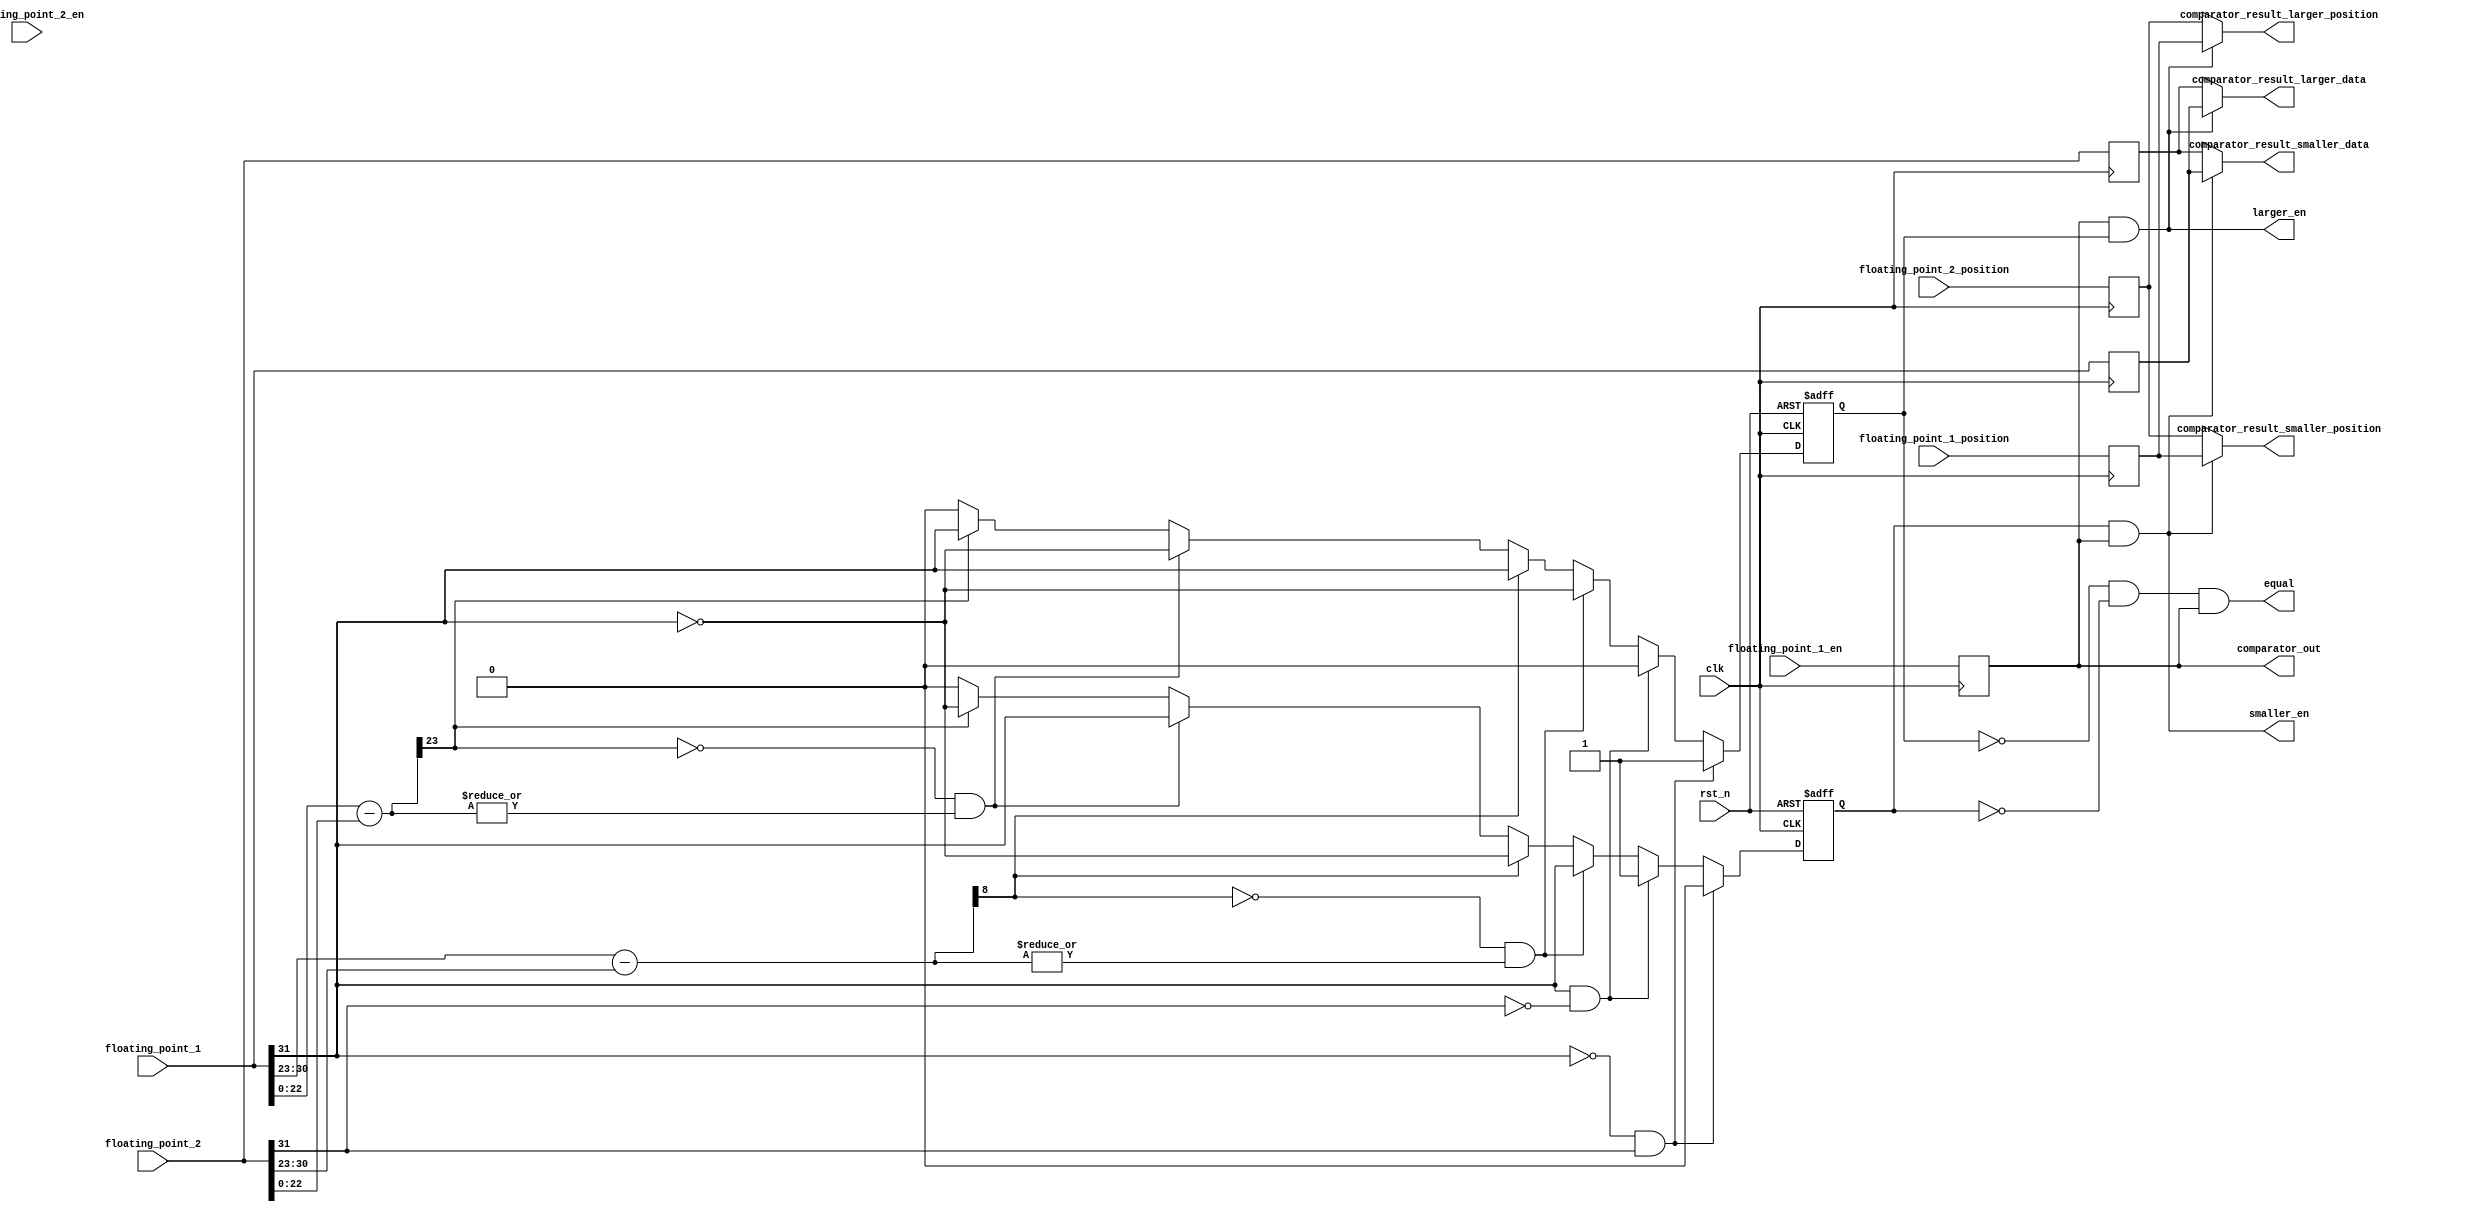
`timescale 1ns / 1ps
//////////////////////////////////////////////////////////////////////////////////
// Company: 
// Engineer: 
// 
// Design Name: 
// Module Name: floating_point_comparator
// Project Name: 
// Target Devices: 
// Tool Versions: 
// Description: 
// 
// Dependencies: 
// 
// Revision:
// Revision 0.01 - File Created
// Additional Comments:
// 
//////////////////////////////////////////////////////////////////////////////////


module floating_point_comparator(
input         clk,
 input         rst_n,
 input [31:0]  floating_point_1,//1 bit sign  8bit  exp      23 bit float
 input         floating_point_1_en,
 input [7:0]   floating_point_1_position,
 input [31:0]  floating_point_2,
 input         floating_point_2_en,
 input  [7:0]  floating_point_2_position,
 output            equal,
 output            larger_en,
 output            smaller_en,
 output            comparator_out,
 output [31:0]    comparator_result_larger_data,
 output [7:0]     comparator_result_larger_position,
 output [31:0]    comparator_result_smaller_data,
 output [7:0]     comparator_result_smaller_position
 
 );
reg [31:0] floating_point_1_r         =0;
reg [7:0]  floating_point_1_position_r=0;
reg [31:0] floating_point_2_r         ='d0;  
reg [7:0]  floating_point_2_position_r=0;

assign comparator_result_larger_data=(larger_en)?floating_point_1_r:floating_point_2_r;

assign comparator_result_larger_position=(larger_en)?floating_point_1_position_r:floating_point_2_position_r;

assign comparator_result_smaller_data=(smaller_en)?floating_point_1_r:floating_point_2_r;

assign comparator_result_smaller_position=(smaller_en)?floating_point_1_position_r:floating_point_2_position_r;

always@(posedge clk)
begin
floating_point_1_r         <=floating_point_1;  
floating_point_1_position_r<=floating_point_1_position;  
floating_point_2_r         <=floating_point_2; 
floating_point_2_position_r<=floating_point_2_position;   
 end
 
 
wire  [9:0] exp_subtracted;//1bit sign 9bit data
   reg     larger=0;
   reg     smaller=0;
reg floating_point_1_en_r=0;
reg floating_point_2_en_r=0;

 assign   larger_en=floating_point_1_en_r&&larger;
 assign   smaller_en=smaller&&floating_point_1_en_r;
assign  equal=(!larger)&&(!smaller)&&floating_point_1_en_r;

always@(posedge clk)
begin
 floating_point_1_en_r<=floating_point_1_en ;
 floating_point_2_en_r<=floating_point_2_en ;
end

assign exp_subtracted=$signed({1'b0,floating_point_1[30:23]})-$signed({1'b0,floating_point_2[30:23]});
wire [24:0] floating_subtracted;
assign  floating_subtracted=$signed({1'b0,floating_point_1[22:0]})-$signed({1'b0,floating_point_2[22:0]});

 wire    exp_larger; 
 assign  exp_larger=(~exp_subtracted[9])&&(|exp_subtracted[8:0]); // >0?(~exp_subtracted[9]) sign 0 (|exp_subtracted[8:0]) data >0
 wire    exp_smaller;
 assign  exp_smaller=exp_subtracted[9]; //<0
// wire   exp_equal;
// assign  exp_equal=(!exp_larger)&&(!exp_smaller);
 
 wire    sign_larger;
 assign  sign_larger=(!floating_point_1[31])&&(floating_point_2[31]);
 wire    sign_smaller;
 assign  sign_smaller=(floating_point_1[31])&&(!floating_point_2[31]);
 //wire   sign_equal;
 //assign  sign_equal=~(floating_point_1[31]^floating_point_2[31]);
 wire    floating_larger;
 assign  floating_larger=(~floating_subtracted[24])&&(|floating_subtracted[23:0]); //>0
 wire    floating_smaller;
 assign  floating_smaller=floating_subtracted[24]; //<0
 //wire    floating_equal;
 //assign   floating_equal=(!floating_larger)&&(!floating_smaller);
 
 

 always@(posedge clk or negedge rst_n)
  if(!rst_n)
  begin
  larger<=0;
  smaller<=0;
  end
  else if(sign_larger)
  begin
   larger<=1;
   smaller<=0;  
   end
  else if(sign_smaller)
   begin
    larger<=0;
    smaller<=1;  
   end
   else if(exp_larger)
 begin
     larger<= ~floating_point_1[31];
     smaller<=floating_point_1[31];  
     end
    else if(exp_smaller)
     begin
         larger<= floating_point_1[31];
         smaller<=~floating_point_1[31];  
         end  
     
     
  else if(floating_larger)
  begin
       larger<= ~floating_point_1[31];
       smaller<=floating_point_1[31];   
       end
  else if(floating_smaller)
   begin
        larger <=floating_point_1[31]; 
        smaller<=~floating_point_1[31]; 
        end
  
   else  
   begin
     larger<=0;
     smaller<=0;
     end
  
  assign comparator_out=floating_point_1_en_r;
  endmodule